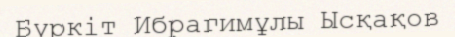
Бүркіт Ибрагимұлы Ысқақов